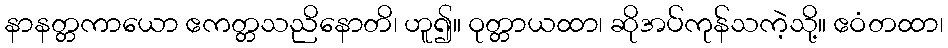
နာနတ္တကာယော ဧကတ္တသညိနောတိ၊ ဟူ၍။ ဝုတ္တာယထာ၊ ဆိုအပ်ကုန်သကဲ့သို့။ ဧဝံတထာ၊